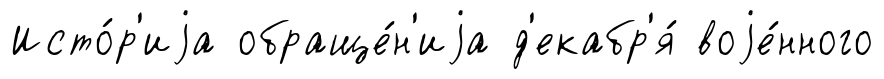
Исто́р'иjа обраще́н'иjа д'екабр'я́ воjе́нного